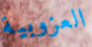
العزوبية